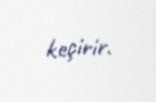
keçirir.